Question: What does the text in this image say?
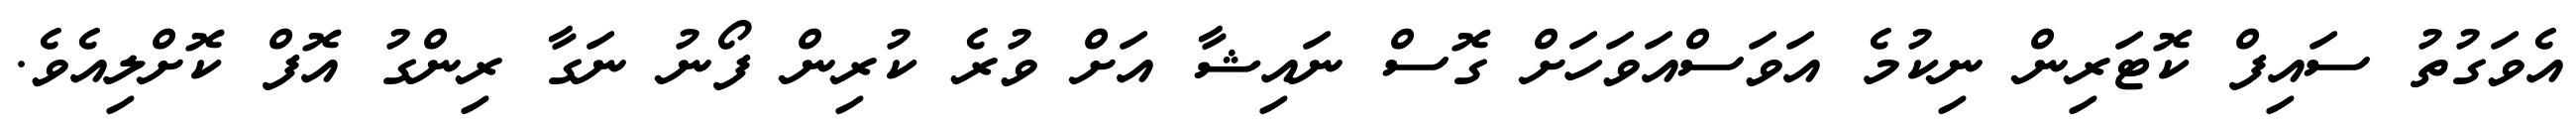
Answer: އެވަގުތު ސައިފް ކޮޓަރިން ނިކުމެ އަވަސްއަވަހަށް ގޮސް ނައިޝާ އަށް ވުރެ ކުރިން ފޯނު ނަގާ ރިންގު އޮފް ކޮށްލިއެވެ.